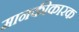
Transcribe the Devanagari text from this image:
मानकीकारक